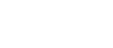
လေးမျိုးကို